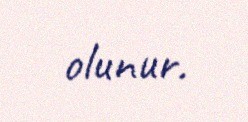
olunur.